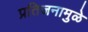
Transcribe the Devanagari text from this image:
प्रतिजनामुळे